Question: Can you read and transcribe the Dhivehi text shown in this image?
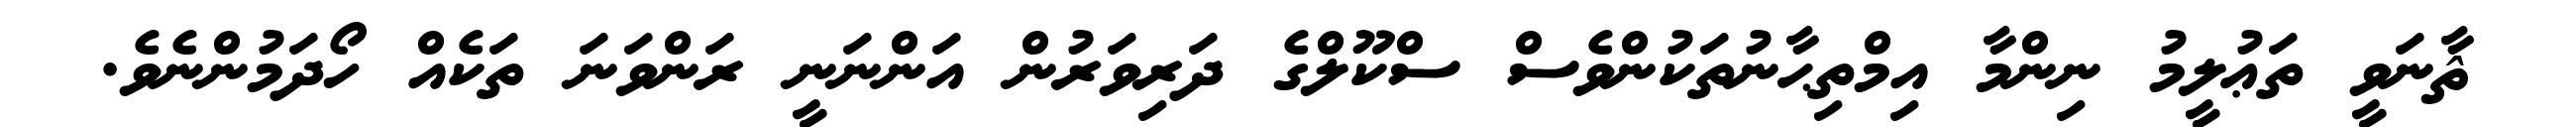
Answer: ޘާނަވީ ތަޢުލީމު ނިންމާ އިމްތިޙާނުތަކުންވެސް ސްކޫލްގެ ދަރިވަރުން އަންނަނީ ރަންވަނަ ތަކެއް ހޯދަމުންނެވެ.